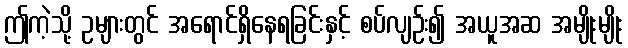
ဤကဲ့သို့ ဥများတွင် အရောင်ရှိနေရခြင်းနှင့် စပ်လျဉ်း၍ အယူအဆ အမျိုးမျိုး